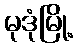
မုဒုံမြို့